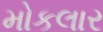
મોકલાર